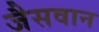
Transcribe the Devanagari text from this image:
जैसवान